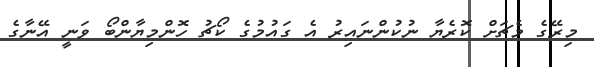
މިރޭގެ މެޗަށް ކޮރެޔާ ނުކުންނައިރު އެ ގައުމުގެ ކޯޗު ހޮންމިޔާންބޯ ވަނީ އޭނާގެ